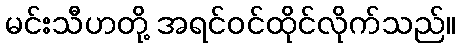
မင်းသီဟတို့ အရင်ဝင်ထိုင်လိုက်သည်။